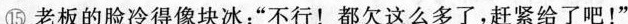
⑮老板的脸冷得像块冰：“不行！都欠这么多了，赶紧给了吧！”